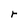
Character: r